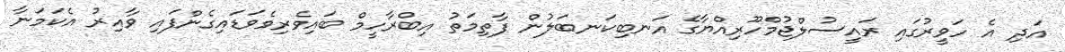
އަދި އެ ހަވީރުގައި ރައީސުލްޖުމްހޫރިއްޔާގެ އަނބިކަނބަލުން ފާތިމަތު އިބްރާހީމް ބައިވެރިވެވަޑައިގެންފައި ވާއިރު އެކަމަނާ